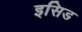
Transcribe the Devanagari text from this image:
इसिड